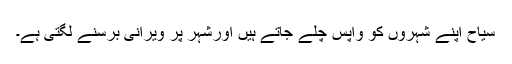
سیاح اپنے شہروں کو واپس چلے جاتے ہیں اورشہر پر ویرانی برسنے لگتی ہے۔